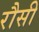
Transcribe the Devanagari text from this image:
रौसी